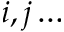
i , j \dots